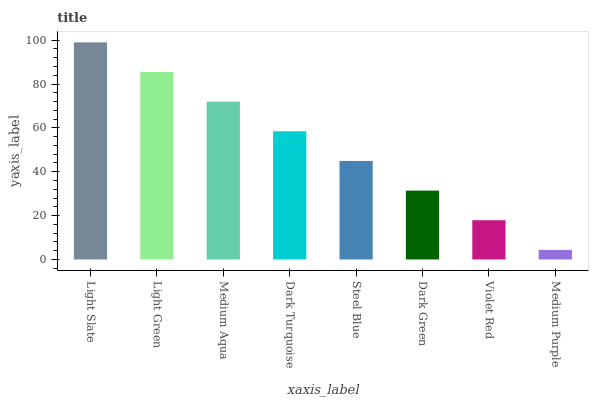
| xaxis_label | bars |
 | --- | --- |
 | Light Slate | 99 |
 | Light Green | 85.5 |
 | Medium Aqua | 72 |
 | Dark Turquoise | 58.4 |
 | Steel Blue | 44.9 |
 | Dark Green | 31.4 |
 | Violet Red | 17.9 |
 | Medium Purple | 4.36 |